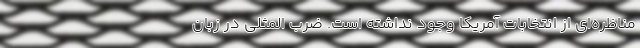
مناظره‌ای از انتخابات آمریکا وجود نداشته است. ضرب المثلی در زبان